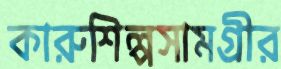
কারুশিল্পসামগ্রীর